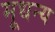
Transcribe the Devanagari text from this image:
मूधन्य